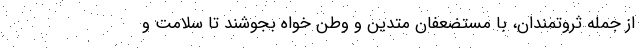
از جمله ثروتمندان، با مستضعفان متدین و وطن خواه بجوشند تا سلامت و